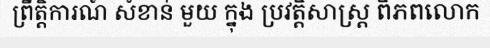
ព្រឹត្តិការណ៍ សំខាន់ មួយ ក្នុង ប្រវត្តិសាស្ត្រ ពិភពលោក